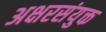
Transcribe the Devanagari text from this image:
अक्षरसंयुक्त